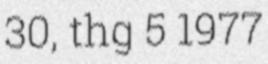
30, thg 5 1977